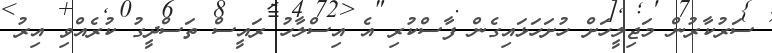
ސަރުކާރުން މަޖިލީހަށް ހުށަހަޅައިގެން ފާސްކުރި އެ އިސްލާހު ރައީސް ތަސްދީގު ކުރެއްވި އިރު